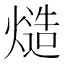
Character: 𰟔